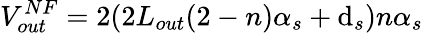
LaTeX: V_{out}^{NF}=2(2L_{out}(2-n)\alpha_{s}+\mathrm{d}_{s})n\alpha_{s}